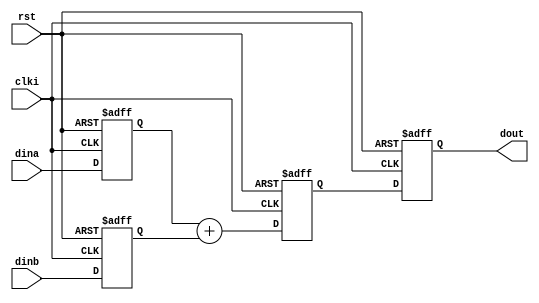
module rtl_top
(input    clki,
 input    rst,
 input    dina,
 input    dinb,
 output   dout);

reg rega;
reg regb;
reg dout;
reg dsum;


always @ (posedge clki or posedge rst)
begin
	if(rst)
	begin
		rega <= 0;
		regb <= 0;
	end
	else
	begin
		rega <= dina;
		regb <= dinb;
	end
end

always @ (posedge clki or posedge rst)
begin
	if(rst)
	begin
		dsum <= 0;
	end
	else
	begin
		dsum <= rega + regb;
	end
end

always @ (posedge clki or posedge rst)
begin
	if(rst)
	begin
		dout <= 0;
	end
	else
	begin
		dout <= dsum;
	end
end

endmodule